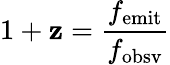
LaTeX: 1+\mathbf{z}={\frac{{f_{\mathrm{{emit}}}}}{{f_{\mathrm{{obsv}}}}}}